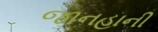
જાનહાની